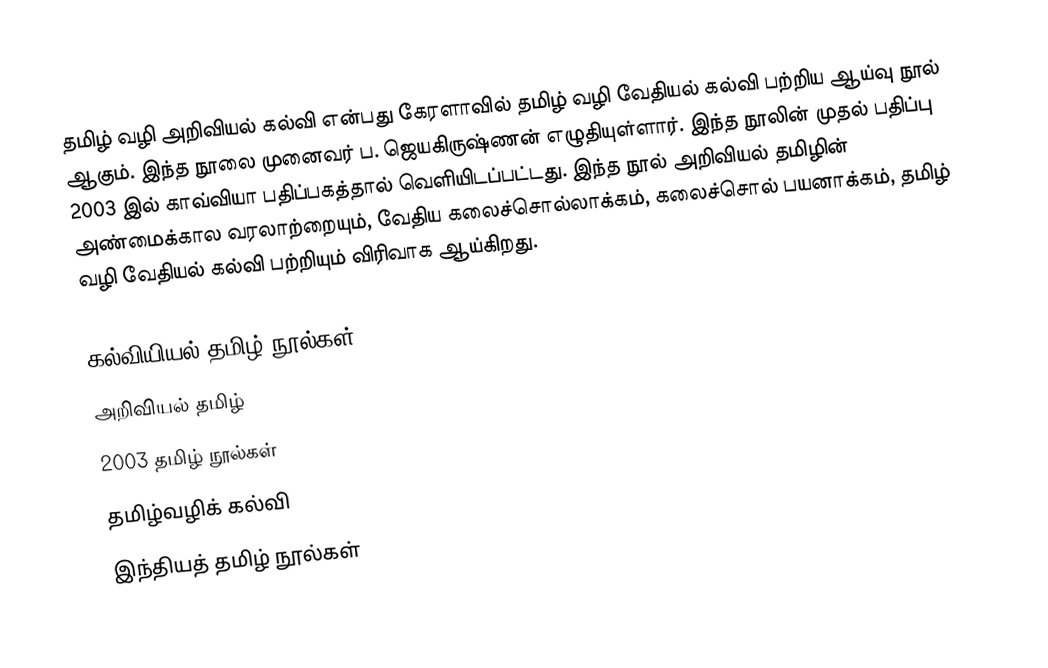
தமிழ் வழி அறிவியல் கல்வி என்பது கேரளாவில் தமிழ் வழி வேதியல் கல்வி பற்றிய ஆய்வு நூல் ஆகும்.  இந்த நூலை முனைவர் ப. ஜெயகிருஷ்ணன் எழுதியுள்ளார்.  இந்த நூலின் முதல் பதிப்பு 2003 இல் காவ்வியா பதிப்பகத்தால் வெளியிடப்பட்டது.  இந்த நூல் அறிவியல் தமிழின் அண்மைக்கால வரலாற்றையும், வேதிய கலைச்சொல்லாக்கம், கலைச்சொல் பயனாக்கம், தமிழ் வழி வேதியல் கல்வி பற்றியும் விரிவாக ஆய்கிறது.

கல்வியியல் தமிழ் நூல்கள்
அறிவியல் தமிழ்
2003 தமிழ் நூல்கள்
தமிழ்வழிக் கல்வி
இந்தியத் தமிழ் நூல்கள்